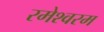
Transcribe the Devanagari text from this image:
रमेश्वरम